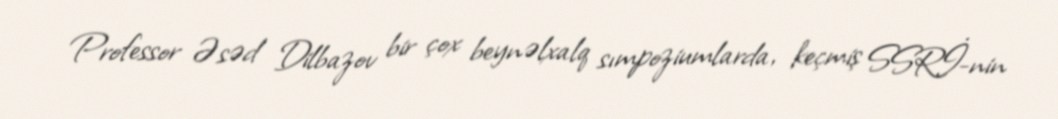
Professor Əsəd Dilbazov bir çox beynəlxalq sımpoziumlarda, keçmiş SSRİ-nin